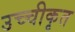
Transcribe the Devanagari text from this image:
उच्‍चीकृत